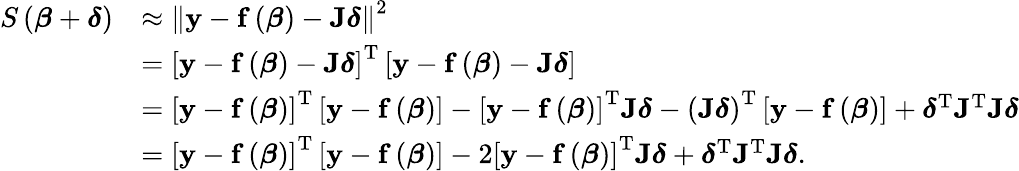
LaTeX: {\begin{array}{rl}{S\left({\boldsymbol{\beta}}+{\boldsymbol{\delta}}\right)}&{\approx\left\| \mathbf{y}-\mathbf{f}\left({\boldsymbol{\beta}}\right)-\mathbf{J}{\boldsymbol{\delta}}\right\| ^{2}}\\ &{=\left[\mathbf{y}-\mathbf{f}\left({\boldsymbol{\beta}}\right)-\mathbf{J}{\boldsymbol{\delta}}\right]^{\mathrm{T}}\left[\mathbf{y}-\mathbf{f}\left({\boldsymbol{\beta}}\right)-\mathbf{J}{\boldsymbol{\delta}}\right]}\\ &{=\left[\mathbf{y}-\mathbf{f}\left({\boldsymbol{\beta}}\right)\right]^{\mathrm{T}}\left[\mathbf{y}-\mathbf{f}\left({\boldsymbol{\beta}}\right)\right]-\left[\mathbf{y}-\mathbf{f}\left({\boldsymbol{\beta}}\right)\right]^{\mathrm{T}}\mathbf{J}{\boldsymbol{\delta}}-\left(\mathbf{J}{\boldsymbol{\delta}}\right)^{\mathrm{T}}\left[\mathbf{y}-\mathbf{f}\left({\boldsymbol{\beta}}\right)\right]+{\boldsymbol{\delta}}^{\mathrm{T}}\mathbf{J}^{\mathrm{T}}\mathbf{J}{\boldsymbol{\delta}}}\\ &{=\left[\mathbf{y}-\mathbf{f}\left({\boldsymbol{\beta}}\right)\right]^{\mathrm{T}}\left[\mathbf{y}-\mathbf{f}\left({\boldsymbol{\beta}}\right)\right]-2\left[\mathbf{y}-\mathbf{f}\left({\boldsymbol{\beta}}\right)\right]^{\mathrm{T}}\mathbf{J}{\boldsymbol{\delta}}+{\boldsymbol{\delta}}^{\mathrm{T}}\mathbf{J}^{\mathrm{T}}\mathbf{J}{\boldsymbol{\delta}}.}\end{array}}